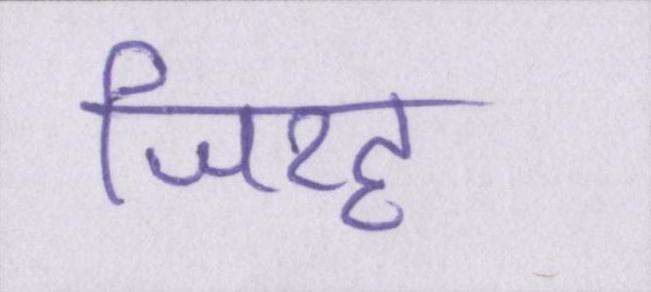
जिरह